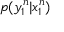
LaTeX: p ( y _ { 1 } ^ { n } | x _ { 1 } ^ { n } )